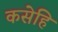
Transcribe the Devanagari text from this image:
कसेहि